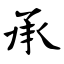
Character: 承